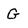
Character: G